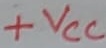
Text: +VCC